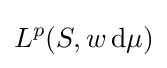
L^{p}(S,w\,\mathrm {d} \mu )